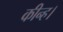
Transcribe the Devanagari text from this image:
कीन्‍ह।